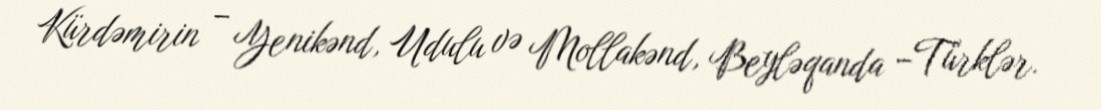
Kürdəmirin – Yenikənd, Udulu və Mollakənd, Beyləqanda –Türklər.